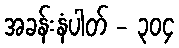
အခန်းနံပါတ် - ၃၀၄